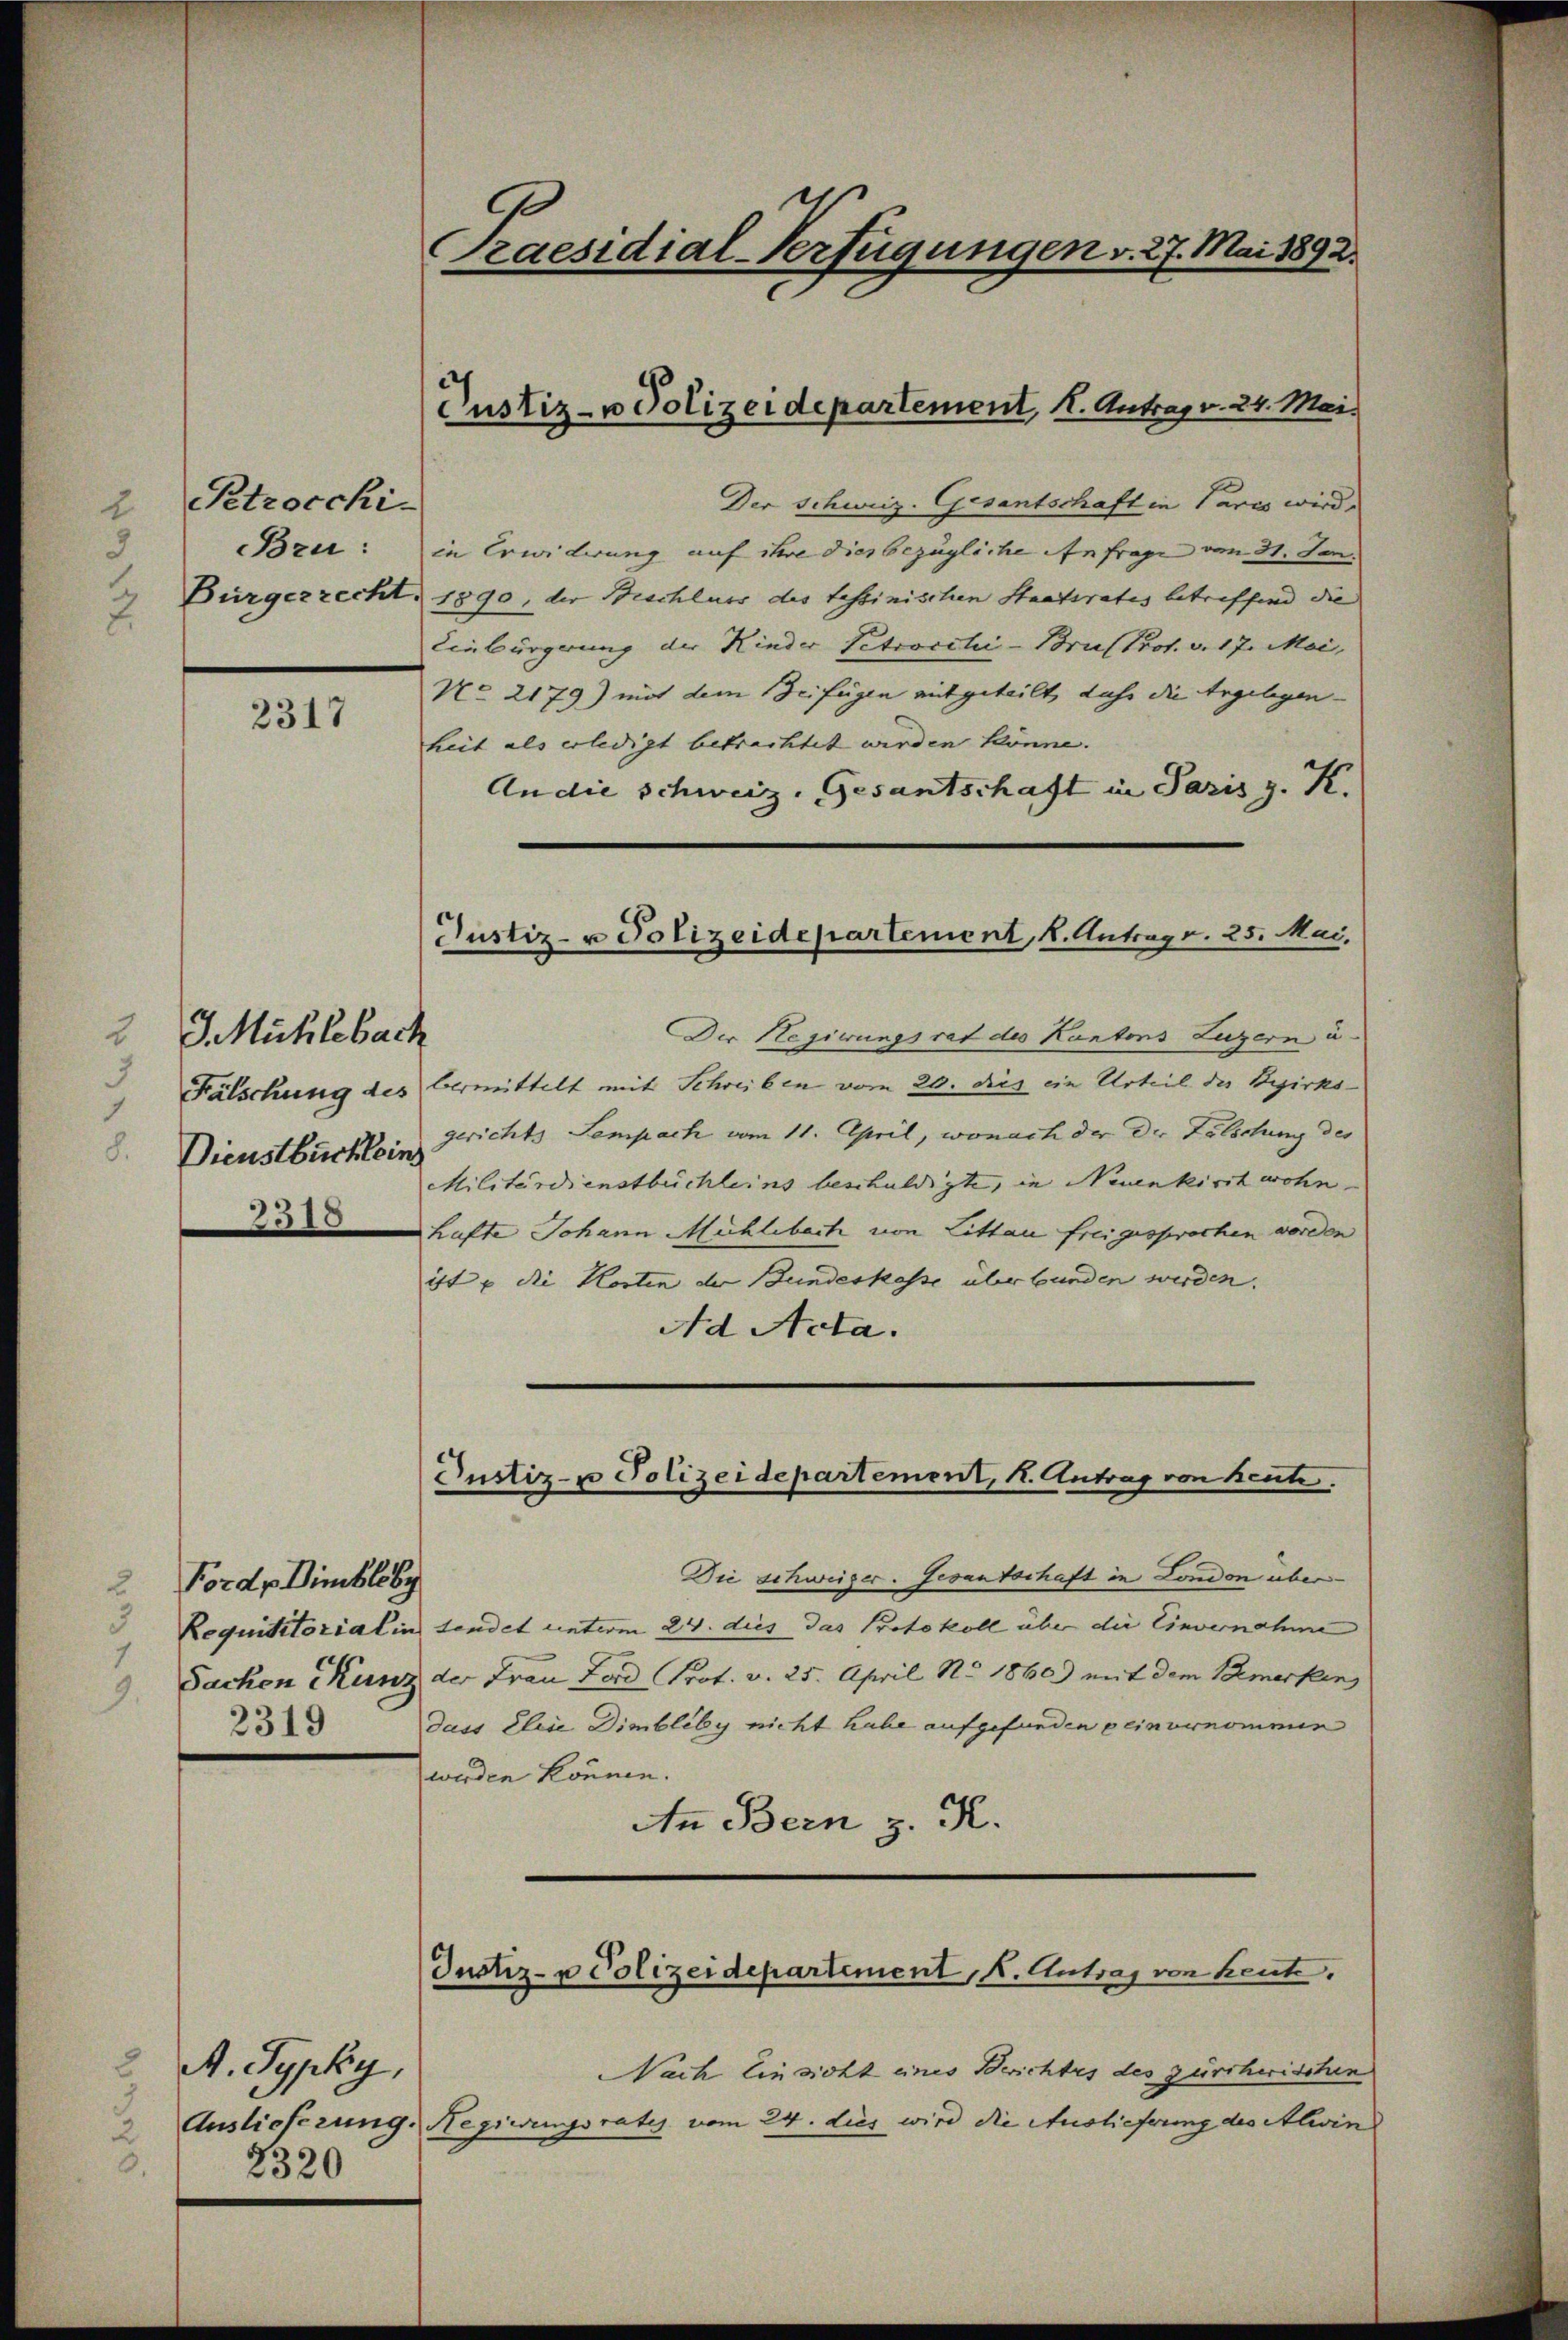
Petroccki.
Bzu:
3
Bürgerrecht.

2317

2 J. Mühlebach
1

2318

Forde Himblobe
Requisitorial in
Sachen Kunz
2319

A. Typky,
3
u
3.
2320

Der Schweiz. Gesantschaft in Pares wird.
in Erwiderung auf ihre diesbezügliche Anfrage von 31. Jan.
1890, der Beschluss des tessinischen Staatsrates betreffend die
Einbürgerung der Kinder Petroschi-Brief Prot. v. 17. Mai,
No 2179) mit dem Beifügen mitgeteilt, daß die Ergelegen- |
heit als erledigt betrachtet werden könne.
An die schweiz. Gesantschaft in Paris z. K.
Der Regierungsrat des Kantons Luzern u.
Kalschung des Vermittelt mit Schreiben vom 20. dies ein Urteil der Bezirks- |
Dienstbuchlein gerichts Sempach vom 11. April, wonach der der Zelichung des
Militärdienstbüchleins beschuldigte, in Neuenkirt wohn
hafte Johann Mühlebach von Littau freigesprochen worden
ist u die Korten der Bundeskasse über bunden werden.
Ad Acta.

Praesidial-Verfügungen v. 27. Mai 1892.

Justiz- u Polizeidepartement, I. Antrag v. 24. Mai.

Justiz- u Polizeidepartement, k. Antrage. 25. Mai,

Dustiz- u Polizeidepartement, K. Antrag von Beute.

Justiz- u Polizeidepartement, K. Antrag von heute.

Die schweizer. Gesantschaft in London über
sendet unterm 24. dies das Protokoll über die Einvernahme
der Frau Ferd Prot. v. 25. April No 1860) mit dem Bemerken
dass Eleie Dimbliby nicht habe aufgefunden peinvernommen
werden können.
An Bern z. K.
Nach Einsicht eines Berichtes des zürchwischen
Auslieferung. Regierungsrates vom 24. dies wird die Auslieferung des Alin